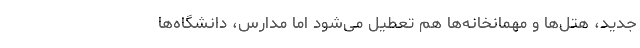
جدید، هتل‌ها و مهمانخانه‌ها هم تعطیل می‌شود اما مدارس، دانشگاه‌ها